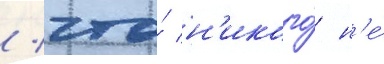
/ что́ н'икого́ н'е́